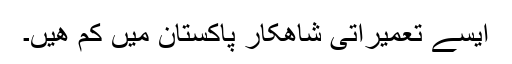
ایسے تعمیراتی شاھکار پاکستان میں کم ھیں۔